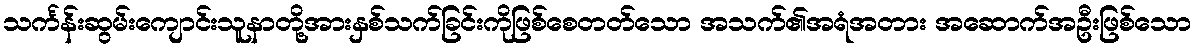
သင်္ကန်းဆွမ်းကျောင်းသူနာတို့အားနှစ်သက်ခြင်းကိုဖြစ်စေတတ်သော အသက်၏အရံအတား အဆောက်အဦးဖြစ်သော